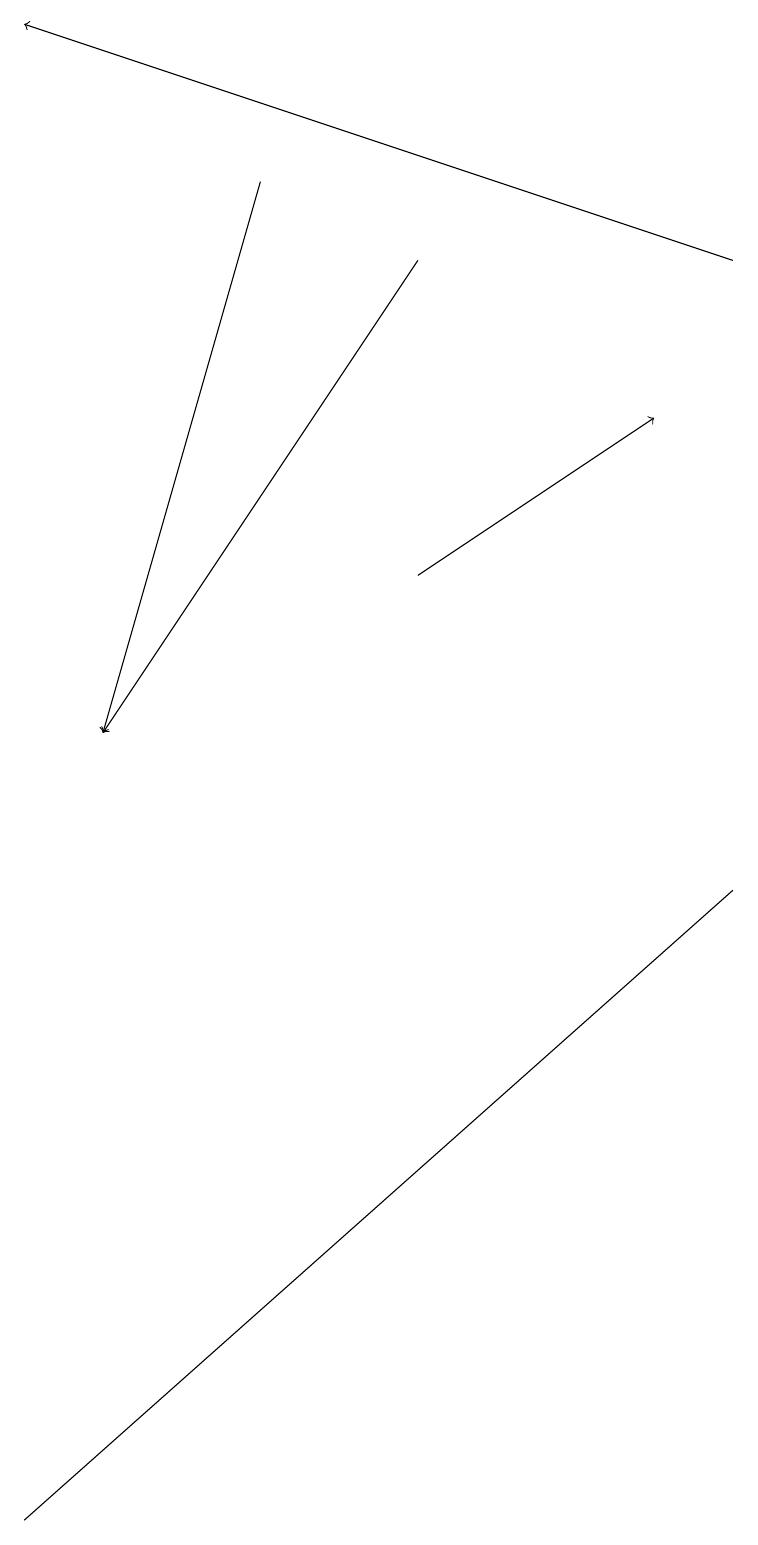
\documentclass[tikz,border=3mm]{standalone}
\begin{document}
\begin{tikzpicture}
\draw[->] (5,16) -- (1,10);
\draw[->] (3,17) -- (1,10);
\draw[->] (5,12) -- (8,14);
\draw[->] (9,16) -- (0,19);
\draw (9,8) -- (9,8) -- (0,0) -- cycle;
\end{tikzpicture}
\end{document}